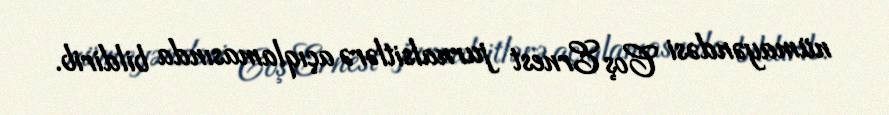
nümayəndəsi Coş Ernest jurnalsitlərə açıqlamasında bildirib.